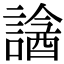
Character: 𧫧